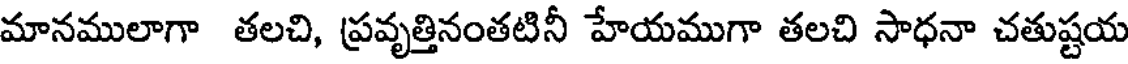
మానములాగా తలచి, ప్రవృత్తినంతటినీ హేయముగా తలచి సాధనా చతుష్టయ